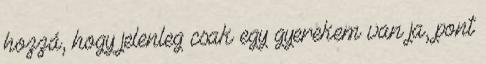
hozzá, hogy jelenleg csak egy gyerekem van ja, pont